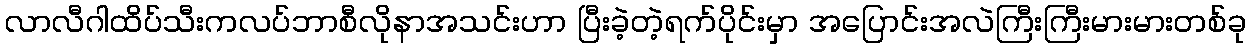
လာလီဂါထိပ်သီးကလပ်ဘာစီလိုနာအသင်းဟာ ပြီးခဲ့တဲ့ရက်ပိုင်းမှာ အပြောင်းအလဲကြီးကြီးမားမားတစ်ခု